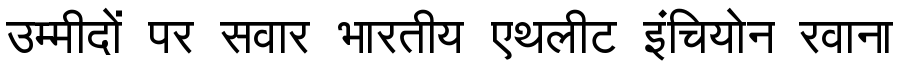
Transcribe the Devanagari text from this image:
उम्मीदों पर सवार भारतीय एथलीट इंचियोन रवाना